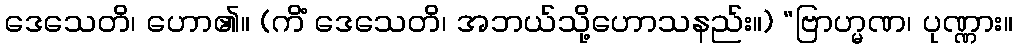
ဒေသေတိ၊ ဟော၏။ (ကိံ ဒေသေတိ၊ အဘယ်သို့ဟောသနည်း။) “ဗြာဟ္မဏ၊ ပုဏ္ဏား။